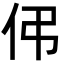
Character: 伄